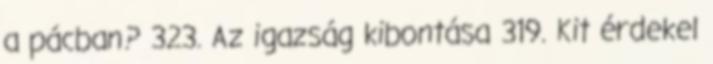
a pácban? 323. Az igazság kibontása 319. Kit érdekel